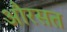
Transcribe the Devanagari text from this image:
औरसत